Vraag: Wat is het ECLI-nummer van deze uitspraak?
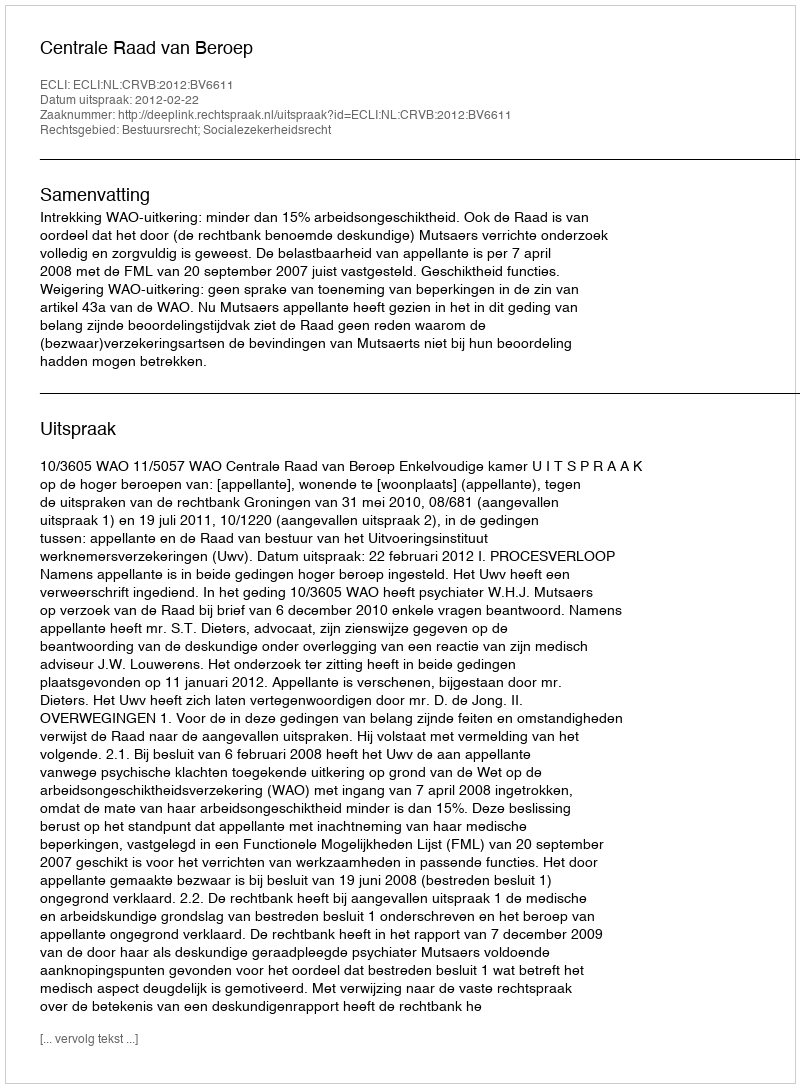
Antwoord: ECLI:NL:CRVB:2012:BV6611